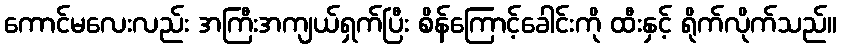
ကောင်မလေးလည်း အကြီးအကျယ်ရှက်ပြီး စိန်ကြောင့်ခေါင်းကို ထီးနှင့် ရိုက်လိုက်သည်။